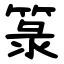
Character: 箓